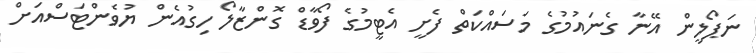
ނަޕޯލީން އޭނާ ގެނައުމުގެ މަސައްކަތް ފެށީ އެޓީމުގެ ފޯވާޑް ގޮންޒާލޯ ހިގުއެން ޔުވެންޓަސްއަށް